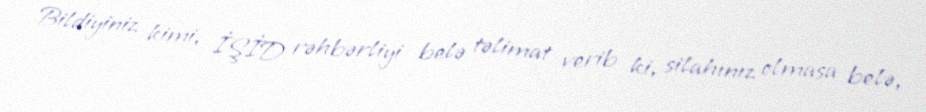
Bildiyiniz kimi, İŞİD rəhbərliyi belə təlimat verib ki, silahınız olmasa belə,